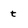
Character: t